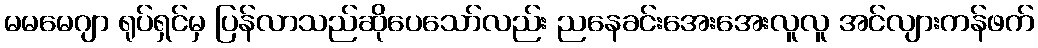
မမမေဂျာ ရုပ်ရှင်မှ ပြန်လာသည်ဆိုပေသော်လည်း ညနေခင်းအေးအေးလူလူ အင်လျားကန်ဖက်